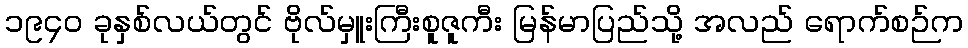
၁၉၄၀ ခုနှစ်လယ်တွင် ဗိုလ်မှူးကြီးစူဇူကီး မြန်မာပြည်သို့ အလည် ရောက်စဉ်က